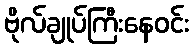
ဗိုလ်ချုပ်ကြီးနေဝင်း